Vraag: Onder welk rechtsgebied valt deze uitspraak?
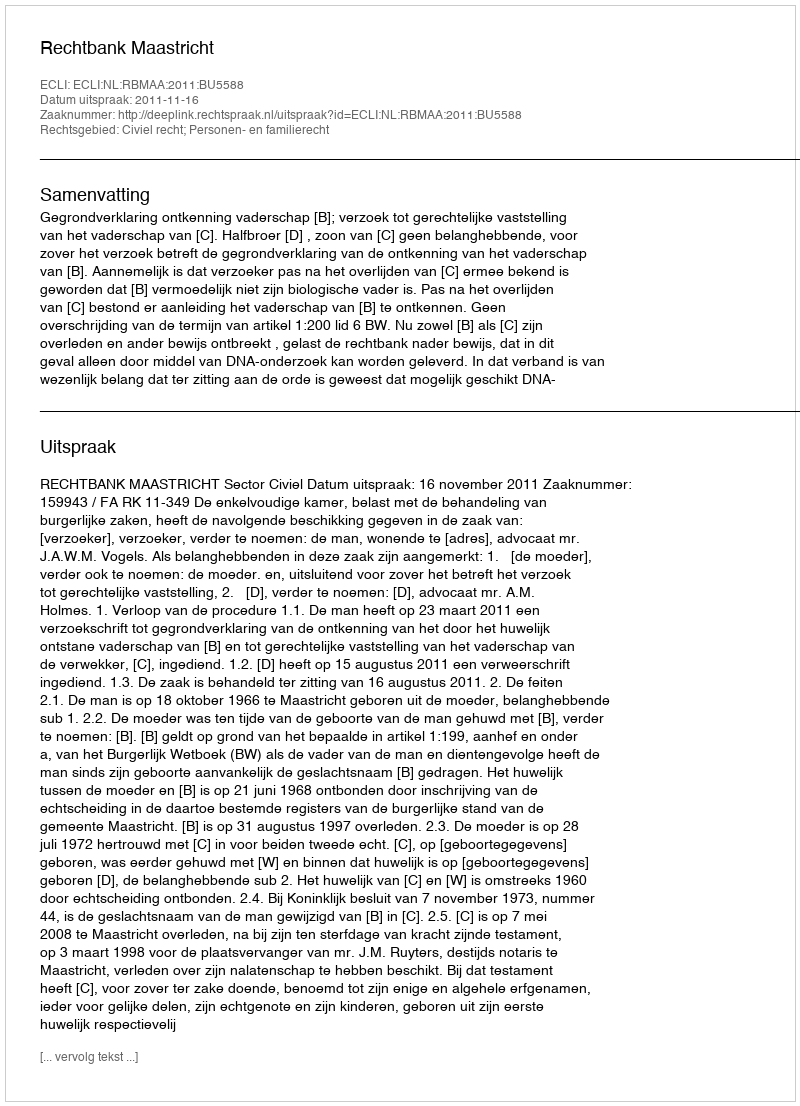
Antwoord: Civiel recht; Personen- en familierecht